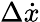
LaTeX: \Delta\dot{x}